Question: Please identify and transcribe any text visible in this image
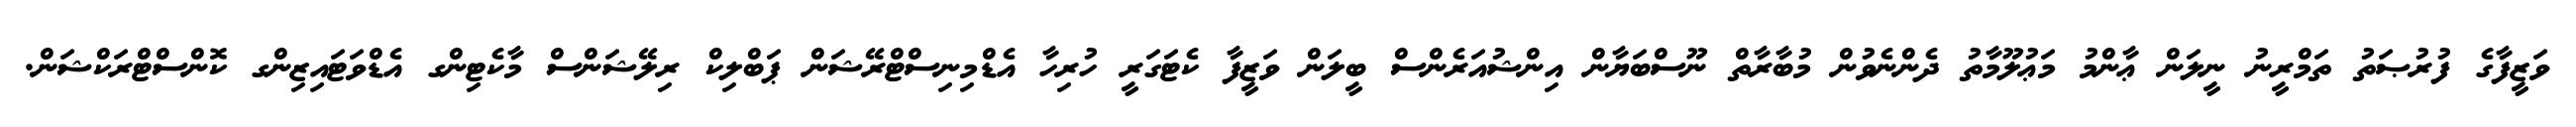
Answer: ވަޒީފާގެ ފުރުޞަތު ތަމްރީނު ނީލަން ޢާންމު މަޢުލޫމާތު ދެންނެވުން މުބާރާތް ނޫސްބަޔާން އިންޝުއަރެންސް ބީލަން ވަޒީފާ ކެޓަގަރީ ހުރިހާ އެޑްމިނިސްޓްރޭޝަން ޕަބްލިކް ރިލޭޝަންސް މާކެޓިންގ އެޑްވަޓައިޒިންގ ކޮންސްޓްރަކްޝަން.